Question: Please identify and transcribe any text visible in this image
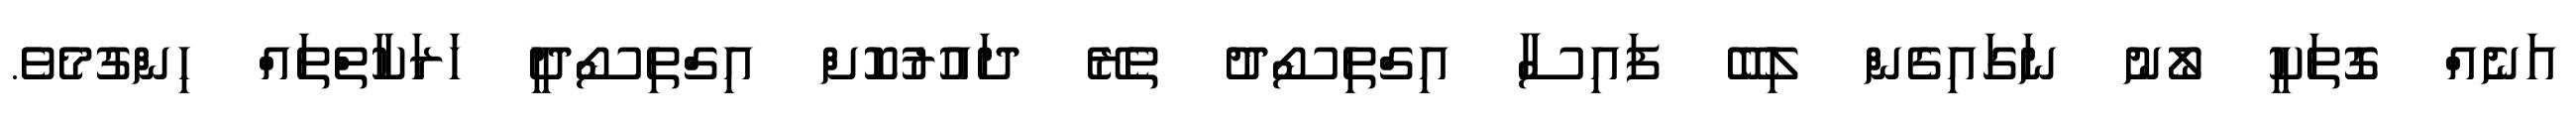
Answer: އަނެއް ގޮތަކީ ލޯނު ނަގައިގެން ލިބޭ ފައިސާާ އިގްތިސޯދު ތެރޭ ދައުރުކޮށް އިގްތިސޯދީ ހަރަކާތްތައް ހިންގުމެވެ.